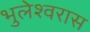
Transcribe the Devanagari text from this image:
भुलेश्वरास